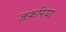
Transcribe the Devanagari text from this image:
जक़रिया